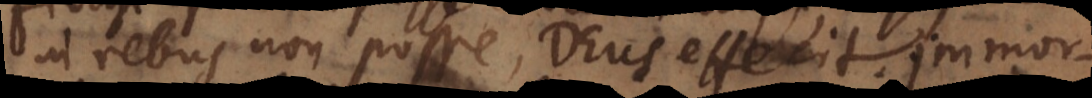
in rebus non posse, Deus effecit. Immor